Lunatic asylums Bombay report 1891-1903 - 1891-1903
Year: 1891
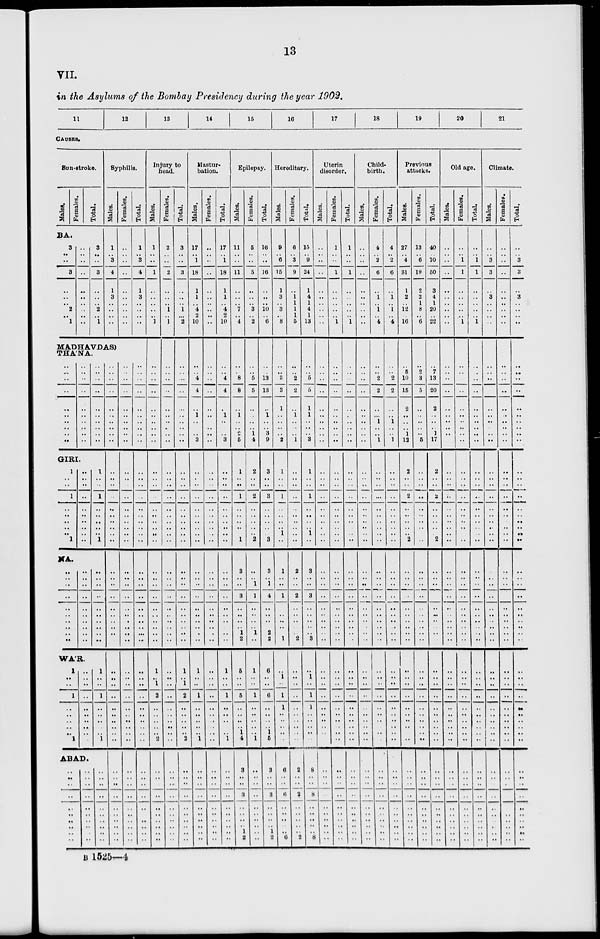
13
VII.
in the Asylums of the Bombay Presidency during the year 1902.
11
12
13
14
15
16
17
18
19
20
21
CAUSES.
Sun-stroke.
Males.
Females.
Total.
BA.
3
..
..
3
..
..
.. 2
..
1
..
..
..
..
..
..
..
..
..
..
3
..
..
3
..
..
.. 2
..
1
Syphilis.
Males.
1
.. 3
4
1
3
..
..
..
..
Females.
..
..
..
..
..
..
..
..
..
..
Total.
1
.. 3
4
1
3
..
..
..
..
MADHAVDAS)
THA'NA.
..
..
..
..
..
..
..
..
.. ..
..
..
..
..
..
..
..
..
..
..
..
..
..
..
..
..
..
..
..
..
GIRI.
1
..
..
1
..
..
..
..
.. 1
..
..
..
..
..
..
..
..
.. ..
1
..
..
1
..
..
..
..
.. 1
NA.
..
..
..
..
..
..
..
..
.. ..
..
..
..
..
..
..
..
..
.. ..
WÁR
1
..
..
1
..
..
..
..
.. 1
..
..
..
..
..
..
..
..
..
..
..
..
..
..
..
..
..
..
.. ..
1
..
..
1
..
..
..
..
.. 1
ABAD.
..
..
..
..
..
..
..
..
..
..
..
..
..
..
..
..
..
..
..
..
..
..
..
..
..
..
..
..
..
..
..
..
..
..
..
..
..
..
..
..
..
..
..
..
..
..
..
..
..
..
..
..
..
..
..
..
..
..
..
..
..
..
..
..
..
..
..
..
..
..
..
..
..
..
..
..
..
..
..
..
..
..
..
..
..
..
..
..
..
..
..
..
..
..
..
..
..
..
..
..
..
..
..
..
..
..
..
..
..
..
..
..
..
..
..
..
..
..
..
..
..
..
..
..
..
..
..
..
..
..
..
..
..
..
..
..
..
..
..
..
..
..
..
..
..
..
..
..
..
..
..
..
..
..
..
..
..
..
..
..
..
..
..
..
..
..
..
..
.. ..
..
..
..
..
..
..
..
..
..
..
Injury to
head.
Males.
1
..
..
1
..
..
..
..
..
1
..
..
..
..
..
..
..
..
..
..
..
..
..
..
..
..
..
..
..
..
..
..
..
..
..
..
..
..
..
..
1
..
1
2
..
..
..
..
.. 2
..
..
..
..
..
..
..
..
..
..
Females.
2
..
..
2
..
..
..
1
..
1
..
..
..
..
..
..
..
..
..
..
..
..
..
..
..
..
..
..
..
..
..
..
..
..
..
..
..
..
..
..
..
..
..
..
..
..
..
..
..
..
..
..
..
..
..
..
..
..
..
..
Total.
3
..
..
3
..
..
.. 1
..
2
..
..
..
..
..
..
..
..
..
..
..
..
..
..
..
..
..
..
..
..
..
..
..
..
..
..
..
..
..
..
1
..
1
2
..
..
..
..
.. 2
..
..
..
..
..
..
..
..
..
..
Mastur-
bation.
Males.
17
.. 1
18
1
1
.. 4
2
10
..
.. 4
4
..
1
..
..
.. 3
..
..
..
..
..
..
..
..
..
..
..
..
..
..
..
..
..
..
..
..
1
..
..
1
..
..
..
..
.. 1
..
..
..
..
..
..
..
..
..
Females.
..
..
..
..
..
..
..
..
..
..
..
..
..
..
..
..
..
..
..
..
..
..
..
..
..
..
..
..
..
..
..
..
..
..
..
..
..
..
..
..
..
..
..
..
..
..
.. ..
.. ..
..
..
..
..
..
..
..
..
..
..
Total.
17
.. 1
18
1
1
.. 4
2
10
..
.. 4
4
..
1
..
..
.. 3
..
..
..
..
..
..
..
..
..
..
..
..
..
..
..
..
..
..
..
..
1
..
..
1
..
..
..
..
.. 1
..
..
..
..
..
..
..
..
..
..
Epilepsy.
Males.
11
..
..
11
..
..
.. 7
..
4
..
.. 8
8
..
1
..
..
2 5
1
..
..
1
..
..
..
..
.. 1
3
..
..
3
..
..
..
..
1
2
5
..
..
5
..
..
..
..
1
4
3
..
..
3
..
..
..
..
1
2
Females.
5
..
..
5
..
..
.. 3
..
2
..
.. 5
5
..
..
..
..
1
4
2
..
..
2
..
..
..
..
.. 2
..
..
1
1
..
..
..
..
1
..
1
..
..
1
..
..
..
..
.. 1
..
..
..
..
..
..
..
..
.. ..
Total.
16
..
..
16
..
..
..
10
..
6
..
..
13
13
..
1
..
..
3
9
3
..
..
3
..
..
..
..
.. 3
3
..
1
4
..
..
..
..
2
2
6
..
..
6
..
..
..
..
1
5
3
..
..
3
..
..
..
..
1
2
Hereditary.
Males.
9
.. 6
15
1
3
.. 3
..
8
..
.. 3
3
1
..
..
..
.. 2
1
..
..
1
..
..
..
..
1
..
1
..
..
1
..
..
.. ..
.. 1
..
1
..
1
1
..
..
..
..
..
6
..
..
6
..
..
..
..
.. 6
Females.
6
.. 3
9
.. 1 1
1
1
5
..
.. 2
2
..
1
..
..
.. 1
..
..
..
..
..
..
..
..
..
..
2
..
..
2
..
..
..
..
.. 2
..
..
..
..
..
..
..
..
..
..
2
..
..
2
..
..
..
..
.. 2
Total.
15
.. 9
24
1
4
1
4
1
13
..
.. 5
5
1
1
..
..
.. 3
1
..
..
1
..
..
..
..
1
..
3
..
..
3
..
..
..
..
.. 3
..
1
..
1
1
..
..
..
..
..
8
..
..
8
..
..
..
..
.. 8
Uterin
disorder.
Males.
..
..
..
..
..
..
..
..
..
..
..
..
..
..
..
..
..
..
..
..
..
..
..
..
..
..
..
..
..
..
..
..
..
..
..
..
..
..
..
..
..
..
..
..
..
..
..
..
..
..
..
..
..
..
..
..
..
..
..
..
Females.
1
..
..
1
..
..
..
..
..
1
..
..
..
..
..
..
..
..
..
..
..
..
..
..
..
..
..
..
..
..
..
..
..
..
..
..
..
..
..
..
..
..
..
..
..
..
..
..
..
..
..
..
..
..
..
..
..
..
..
..
Total.
1
..
..
1
..
..
..
..
1
..
..
..
..
..
..
..
..
..
..
..
..
..
..
..
..
..
..
..
..
..
..
..
..
..
..
..
..
..
..
..
..
..
..
..
..
..
..
..
..
..
..
..
..
..
..
..
..
..
..
Child-
birth.
Males.
..
..
..
..
..
..
..
..
..
..
..
..
..
..
..
..
..
..
..
..
..
..
..
..
..
..
..
..
..
..
..
..
..
..
..
..
..
..
..
..
..
..
..
..
..
..
..
..
..
..
..
..
..
..
..
..
..
..
..
Females.
4
.. 2
6
..
1
.. 1
..
4
..
..
2
2
..
..
1
..
.. 1
..
..
..
..
..
..
..
..
..
..
..
..
..
..
..
..
..
..
..
..
..
..
..
..
..
..
..
..
..
..
..
..
..
..
..
..
..
..
..
..
Total.
4
.. 2
6
..
1
.. 1
..
4
..
2
2
..
..
1
..
.. 1
..
..
..
..
..
..
..
..
..
..
..
..
..
..
..
..
..
..
..
..
..
..
..
..
..
..
..
..
..
..
..
..
..
..
..
..
..
..
..
..
Previous
attacks.
Males.
27
.. 4
31
1
2
..
12
..
16
..
5
10
15
2
..
..
..
1
12
2
..
..
2
..
..
..
..
.. 2
..
..
..
..
..
..
..
..
..
..
..
..
..
..
..
..
..
..
..
..
..
..
..
..
..
..
..
..
..
..
Females.
13
.. 6
19
2
2
1
8
..
6
..
2
3
5
..
..
..
..
.. 5
..
..
..
..
..
..
..
..
..
..
..
..
..
..
..
..
..
..
..
..
..
..
..
..
..
..
..
..
..
..
..
..
..
..
..
..
..
..
..
..
Total.
40
..
10
50
3
4
1
20
..
22
..
7
13
20
2
..
..
..
1
17
2
..
..
2
..
..
..
..
.. 2
..
..
..
..
..
..
..
..
..
..
..
..
..
..
..
..
..
..
..
..
..
..
..
..
..
..
..
..
..
..
Old age.
Males.
..
..
..
..
..
..
..
..
..
..
..
..
..
..
..
..
..
..
..
..
..
..
..
..
..
..
..
..
..
..
..
..
..
..
..
..
..
..
..
..
..
..
..
..
..
..
..
..
..
..
..
..
..
..
..
..
..
..
..
..
Females.
..
.. 1
1
..
..
..
..
..
1
..
..
..
..
..
..
..
..
..
..
..
..
..
..
..
..
..
..
..
..
..
..
..
..
..
..
..
..
..
..
..
..
..
..
..
..
..
..
..
..
..
..
..
..
..
..
..
..
..
..
Total.
..
.. 1
1
..
..
..
..
..
1
..
..
..
..
..
..
..
..
..
..
..
..
..
..
..
..
..
..
..
..
..
..
..
..
..
..
..
..
..
..
..
..
..
..
..
..
..
..
..
..
..
..
..
..
..
..
..
..
..
..
Climate.
Males.
..
.. 3
3
..
3
..
..
..
..
..
..
..
..
..
..
..
..
..
..
..
..
..
..
..
..
..
..
..
..
..
..
..
..
..
..
..
..
..
..
..
..
..
..
..
..
..
..
..
..
..
..
..
..
..
..
..
..
..
..
Females.
..
..
..
..
..
..
..
..
..
..
..
..
..
..
..
..
..
..
..
..
..
..
..
..
..
..
..
..
..
..
..
..
..
..
..
..
..
..
..
..
..
..
..
..
..
..
..
..
..
..
..
..
..
..
..
..
..
..
..
..
Total.
..
.. 3
3
..
3
..
..
..
..
..
..
..
..
..
..
..
..
..
..
..
..
..
..
..
.. ..
..
..
..
..
..
..
..
..
..
..
..
..
..
..
..
..
..
..
..
..
..
..
..
..
..
..
..
..
..
..
..
..
..
B 1525—4